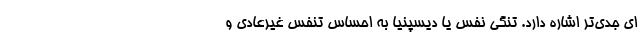
ای جدی‌تر اشاره دارد. تنگی نفس یا دیسپنیا به احساس تنفس غیرعادی و